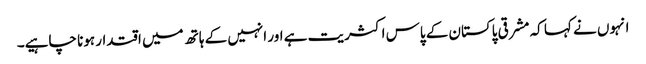
انہوں نے کہا کہ مشرقی پاکستان کے پاس اکثریت ہے اور انہیں کے ہاتھ میں اقتدار ہونا چاہیے۔